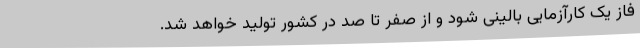
فاز یک کارآزمایی بالینی شود و از صفر تا صد در کشور تولید خواهد شد.